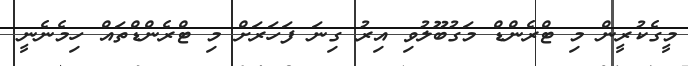
މީގެކުރީން މި ޓްރެންޑް މަގުބޫލުވި އިރު ގިނަ ފަހަރަށް މި ޓްރެންޑްތައް ހިމެނެނީ